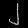
Digit: ၂